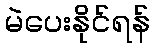
မဲပေးနိုင်ရန်